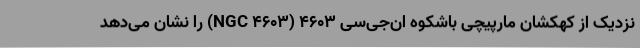
نزدیک از کهکشان مارپیچی باشکوه ان‌جی‌سی ۴۶۰۳ (NGC ۴۶۰۳) را نشان می‌دهد